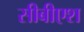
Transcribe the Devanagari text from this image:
सीबीएश